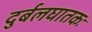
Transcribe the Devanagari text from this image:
दुर्बलघातकः